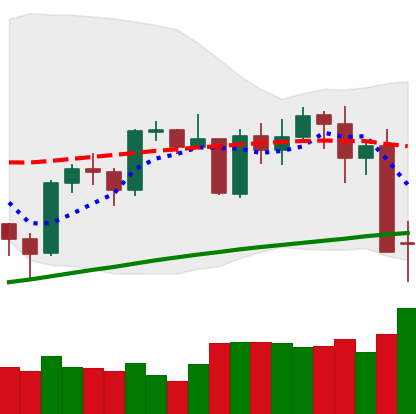
Ticker: BTC-USD
Chart end date: 2021-05-13
Forward return: -13.691%
Label: down_7plus